Report of the Indian Hemp Drugs Commission, 1894-1895 - Volume I
Year: 1894
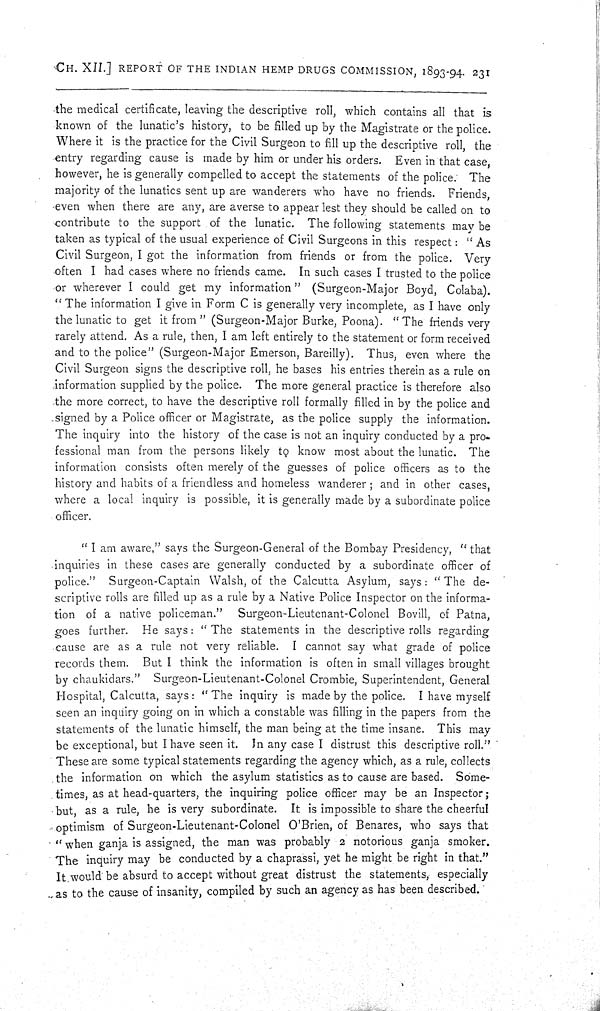
CH. XII.] REPORT OF THE INDIAN HEMP DRUGS COMMISSION, 1893-94. 231
the medical certificate, leaving the descriptive roll, which contains all that is
known of the lunatic's history, to be filled up by the Magistrate or the police.
Where it is the practice for the Civil Surgeon to fill up the descriptive roll, the
entry regarding cause is made by him or under his orders. Even in that case,
however, he is generally compelled to accept the statements of the police. The
majority of the lunatics sent up are wanderers who have no friends. Friends,
even when there are any, are averse to appear lest they should be called on to
contribute to the support of the lunatic. The following statements may be
taken as typical of the usual experience of Civil Surgeons in this respect: "As
Civil Surgeon, I got the information from friends or from the police. Very
often I had cases where no friends came. In such cases I trusted to the police
or wherever I could get my information" (Surgeon-Major Boyd, Colaba).
"The information I give in Form C is generally very incomplete, as I have only
the lunatic to get it from" (Surgeon-Major Burke, Poona). "The friends very
rarely attend. As a rule, then, I am left entirely to the statement or form received
and to the police" (Surgeon-Major Emerson, Bareilly). Thus, even where the
Civil Surgeon signs the descriptive roll, he bases his entries therein as a rule on
information supplied by the police. The more general practice is therefore also
the more correct, to have the descriptive roll formally filled in by the police and
signed by a Police officer or Magistrate, as the police supply the information.
The inquiry into the history of the case is not an inquiry conducted by a pro-
fessional man from the persons likely to know most about the lunatic. The
information consists often merely of the guesses of police officers as to the
history and habits of a friendless and homeless wanderer; and in other cases,
where a local inquiry is possible, it is generally made by a subordinate police
officer.
"I am aware," says the Surgeon-General of the Bombay Presidency, "that
inquiries in these cases are generally conducted by a subordinate officer of
police." Surgeon-Captain Walsh, of the Calcutta Asylum, says: "The de-
scriptive rolls are filled up as a rule by a Native Police Inspector on the informa-
tion of a native policeman." Surgeon-Lieutenant-Colonel Bovill, of Patna,
goes further. He says: "The statements in the descriptive rolls regarding
cause are as a rule not very reliable. I cannot say what grade of police
records them. But I think the information is often in small villages brought
by chaukidars." Surgeon-Lieutenant-Colonel Crombie, Superintendent, General
Hospital, Calcutta, says: "The inquiry is made by the police. I have myself
seen an inquiry going on in which a constable was filling in the papers from the
statements of the lunatic himself, the man being at the time insane. This may
be exceptional, but I have seen it. In any case I distrust this descriptive roll."
These are some typical statements regarding the agency which, as a rule, collects
the information on which the asylum statistics as to cause are based. Some-
times, as at head-quarters, the inquiring police officer may be an Inspector;
but, as a rule, he is very subordinate. It is impossible to share the cheerful
optimism of Surgeon-Lieutenant-Colonel O'Brien, of Benares, who says that
"when ganja is assigned, the man was probably 2 notorious ganja smoker.
The inquiry may be conducted by a chaprassi, yet he might be right in that."
It would be absurd to accept without great distrust the statements, especially
as to the cause of insanity, compiled by such an agency as has been described.